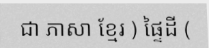
ជា ភាសា ខ្មែរ ) ផ្ទៃដី (